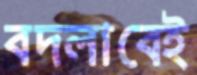
বদলাবেই